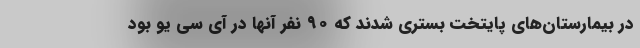
در بیمارستان‌های پایتخت بستری شدند که ۹۰ نفر آنها در آی سی یو بود